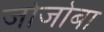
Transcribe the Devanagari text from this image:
जोजोबा